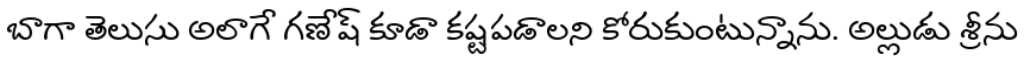
బాగా తెలుసు అలాగే గణేష్ కూడా కష్టపడాలని కోరుకుంటున్నాను. అల్లుడు శ్రీను